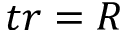
t r = R